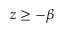
z \ge - \beta